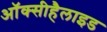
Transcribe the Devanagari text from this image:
ऑक्सीहैलाइड